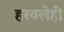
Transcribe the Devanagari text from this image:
हरवलेही